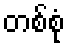
တစ်စုံ